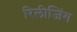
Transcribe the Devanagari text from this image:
रिलीजिंग